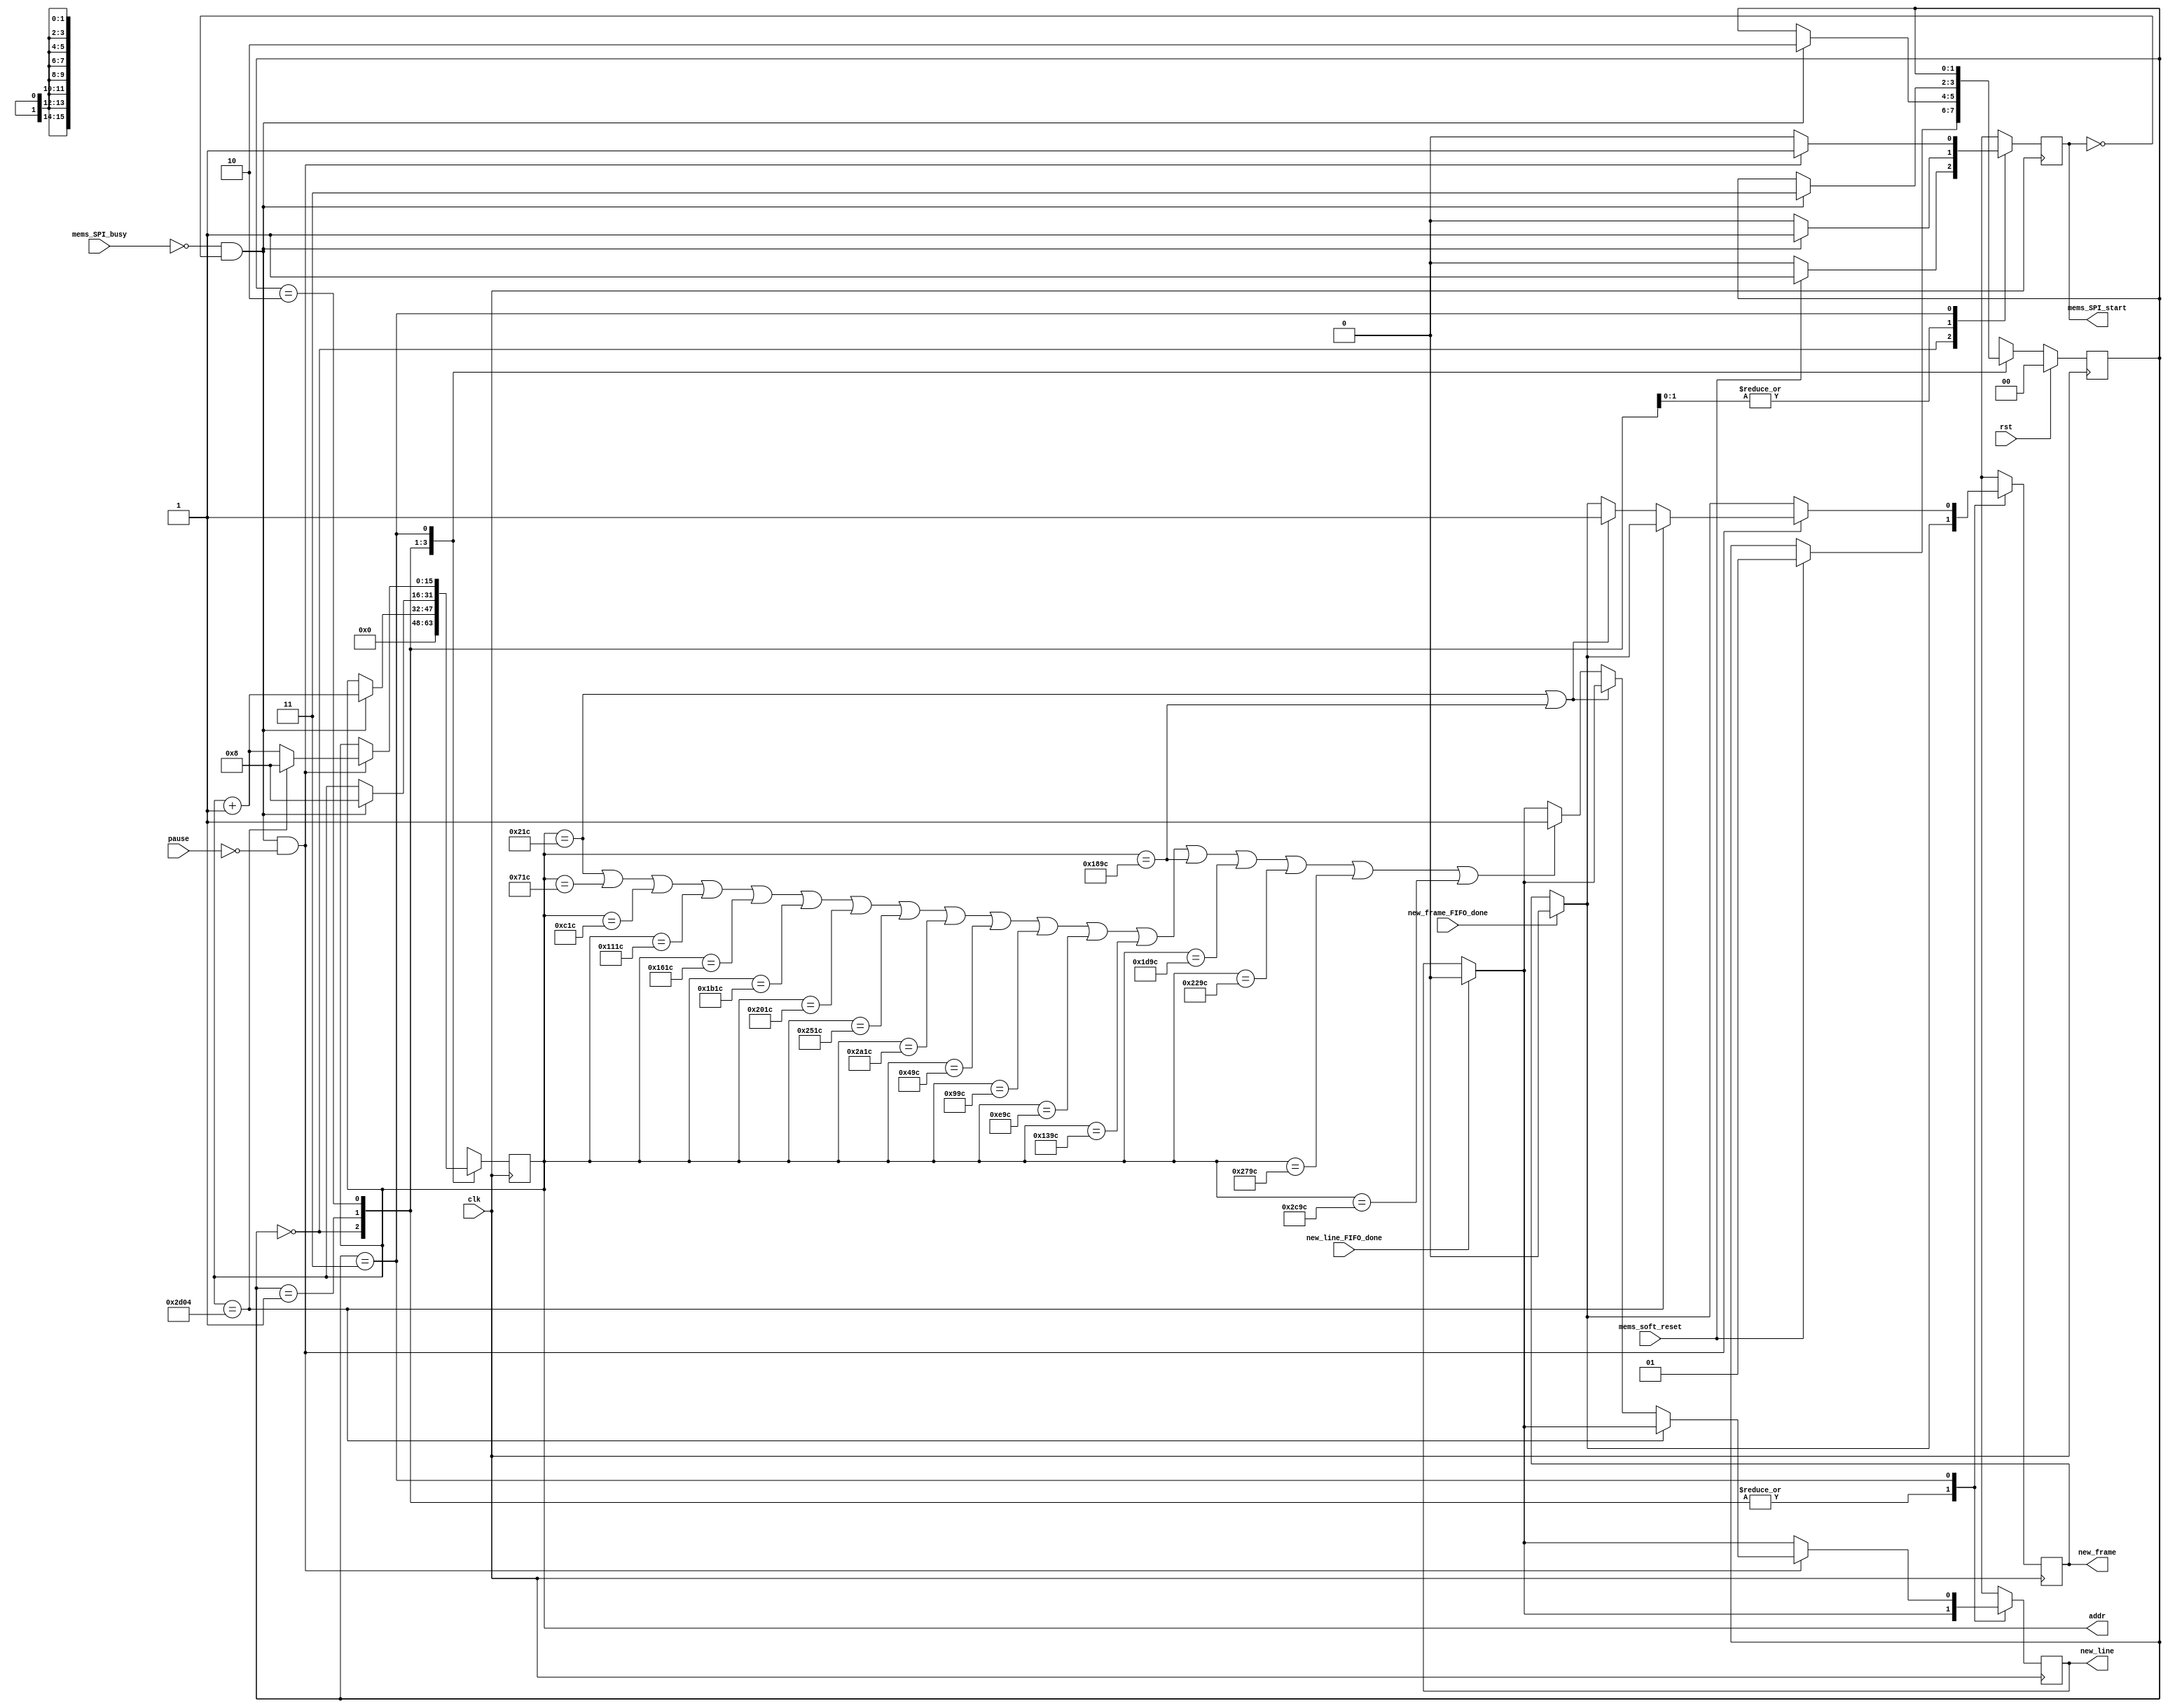
module mems_control_6 (
    // INPUT
    input clk,
    input rst,
    input pause,
    input mems_SPI_busy,
    input mems_soft_reset,
    input new_line_FIFO_done,
    input new_frame_FIFO_done,

    // OUTPUT
    output mems_SPI_start,
    output new_line,
    output new_frame,
    output [15:0] addr
  );
  
  reg new_line_d, new_line_q;//=1'b0;
  reg new_frame_d, new_frame_q;//=1'b0;
  
  assign mems_SPI_start=mems_SPI_start_q;

  assign new_line = new_line_q;
  assign new_frame = new_frame_q;

  assign addr = addr_q;
  
  localparam STATE_SIZE = 2;
  localparam IDLE = 2'd0,
    SOFTWARE_RESET = 2'd1,
    VREF_SETUP = 2'd2,
    SET_CHANNEL = 2'd3;
 
  reg [STATE_SIZE-1:0] state_d, state_q;
  reg [15:0] addr_d, addr_q;
  reg mems_SPI_start_d, mems_SPI_start_q; 
  reg play_d, play_q;
  wire rom_scan_is_done;




  always @(*) begin

    if (new_line_FIFO_done==1'b1) begin
      new_line_d=1'b0; // latch here is not fine (if at the same time 2 modules -> problem)
    end else begin
      new_line_d = new_line_q;
    end

    if (new_frame_FIFO_done==1'b1) begin
      new_frame_d=1'b0; // latch here is not fine
    end else begin
      new_frame_d = new_frame_q;
    end

    state_d = state_q; // default values
    addr_d = addr_q;   // needed to prevent latches
    play_d = play_q;

    case (state_q)
      IDLE: begin
        addr_d = 4'b0;
        mems_SPI_start_d=1'b0;
        if (mems_soft_reset==1'b1) begin
          state_d = SOFTWARE_RESET;
          mems_SPI_start_d=1'b1;
        end
      end // IDLE
      SOFTWARE_RESET: begin
        mems_SPI_start_d=1'b0;
        if (!mems_SPI_busy && mems_SPI_start_q == 1'b0) begin 
          addr_d=addr_q+1'b1;
          state_d = VREF_SETUP;
          mems_SPI_start_d = 1'b1;
        end
      end // SOFTWARE_RESET
      VREF_SETUP: begin // we hav problem with DAC, change its ref voltage from external to internal and vice versa -> have to send command for external one all time.
        mems_SPI_start_d=1'b0;
        if (!mems_SPI_busy && mems_SPI_start_q == 1'b0) begin 
          addr_d = 16'd8;//addr_q + 1'b1; // will be 2 in SET_CHANNEL
          state_d = SET_CHANNEL;
          mems_SPI_start_d = 1'b1;
        end
      end // VREF_SETUP
      SET_CHANNEL: begin
                play_d=1'b0;
                mems_SPI_start_d = 1'b0;

                if ((!mems_SPI_busy && mems_SPI_start_q == 1'b0) && pause==1'b0) begin 
                    mems_SPI_start_d = 1'b1;    

                    // begin from the beginning if end reached.         
                    if (addr_q==16'd11524) begin
                         addr_d = 16'd8;  
                    end else begin
                    
if (addr_q == 16'd540 || addr_q==16'd6300) begin


                            new_frame_d = 1'b1;
                        end else 

if (addr_q == 16'd540 || addr_q == 16'd1820 || addr_q == 16'd3100 || addr_q == 16'd4380 || addr_q == 16'd5660 || addr_q == 16'd6940 || addr_q == 16'd8220 || addr_q == 16'd9500 || addr_q == 16'd10780 || addr_q == 16'd1180 || addr_q == 16'd2460 || addr_q == 16'd3740 || addr_q == 16'd5020 || addr_q == 16'd6300 || addr_q == 16'd7580 || addr_q == 16'd8860 || addr_q == 16'd10140 || addr_q==16'd11420) begin
          


              new_line_d=1'b1;
                end 






                      addr_d = addr_q+1'b1;
                    end // if end is reached





                end // new data
      end // SET_CHANNEL

      default: state_d = IDLE;
    endcase
  end
 



  always @(posedge clk) begin
    if (rst) begin
      state_q <= IDLE;
    end else begin
      state_q <= state_d;
    end
    new_line_q <= new_line_d; 
    new_frame_q <= new_frame_d; 
    mems_SPI_start_q <= mems_SPI_start_d;
    addr_q <= addr_d;
    play_q <= play_d;
  end
 
endmodule